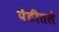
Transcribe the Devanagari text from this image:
पेटीतले